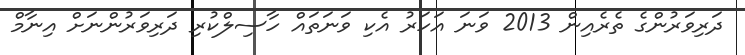
ދަރިވަރުންގެ ތެރެއިން 2013 ވަނަ އަހަރު އެކި ވަނަތައް ހާސިލްކުރި ދަރިވަރުންނަށް އިނާމް